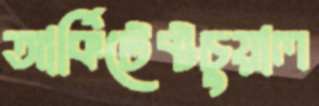
আর্কিটেক্টচুয়াল